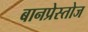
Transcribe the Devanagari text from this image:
बानप्रेस्तोज